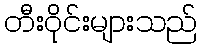
တီးဝိုင်းများသည်